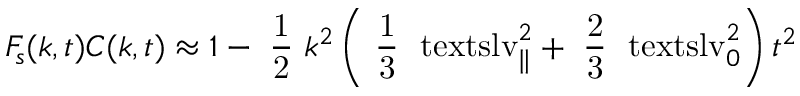
\ensuremath { F _ { \! s } } ( k , t ) C ( k , t ) \approx 1 - \mathrm { \small ~ \displaystyle \frac { 1 } { 2 } ~ } k ^ { 2 } \left( \mathrm { \small ~ \displaystyle \frac { 1 } { 3 } ~ } \ensuremath { \mathrm { \ t e x t s l { v } } _ { \parallel } } ^ { 2 } + \mathrm { \small ~ \displaystyle \frac { 2 } { 3 } ~ } \ensuremath { \mathrm { \ t e x t s l { v } } _ { 0 } } ^ { 2 } \right) t ^ { 2 }